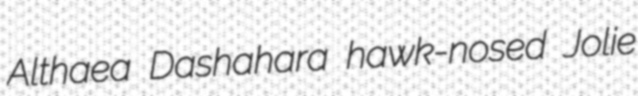
Althaea Dashahara hawk-nosed Jolie